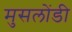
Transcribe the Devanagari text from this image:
मुसलोंडी